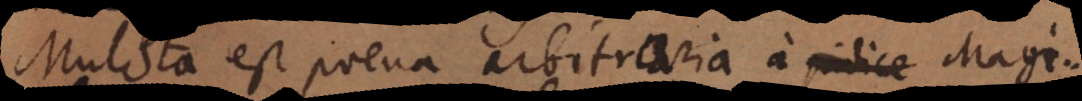
Mulcta est poena arbitraria a judice Magi